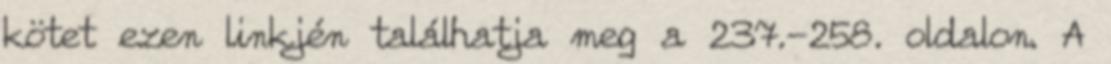
kötet ezen linkjén találhatja meg a 237.-258. oldalon. A